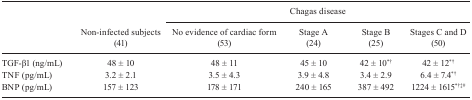
| <ROWSPAN=3>  | <ROWSPAN=3> Non-infected subjects (41) | <COLSPAN=4> Chagas disease |
 | No evidence of cardiac form (53) | Stage A (24) | Stage B (25) | Stages C and D (50) |
 | --- | --- | --- | --- | --- | --- |
 | TGF-β1 (ng/mL) | 48 ± 10 | 48 ± 11 | 45 ± 10 | 42 ± 10*† | 42 ± 12*† |
 | TNF (pg/mL) | 3.2 ± 2.1 | 3.5 ± 4.3 | 3.9 ± 4.8 | 3.4 ± 2.9 | 6.4 ± 7.4*† |
 | BNP (pg/mL) | 157 ± 123 | 178 ± 171 | 240 ± 165 | 387 ± 492 | 1224 ± 1615*†‡# |